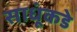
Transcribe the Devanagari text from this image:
साधूंकडे